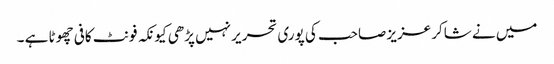
میں نے شاکر عزیز صاحب کی پوری تحریر نہیں پڑھی کیونکہ فونٹ کافی چھوٹا ہے ۔